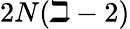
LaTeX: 2N(\beth-2)